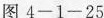
图4-1-25